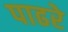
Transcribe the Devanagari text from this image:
पाढरे